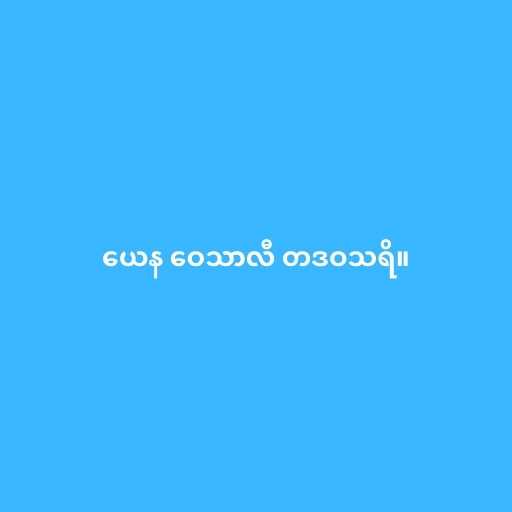
ယေန ဝေသာလီ တဒဝသရိ။